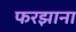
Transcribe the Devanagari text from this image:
फरझाना